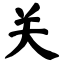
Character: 关